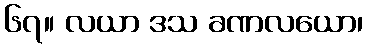
၆၇။ လယာ ဒသ ခဏလယော၊